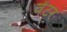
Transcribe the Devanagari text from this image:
वेंटर